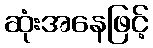
ဆုံးအနေဖြင့်